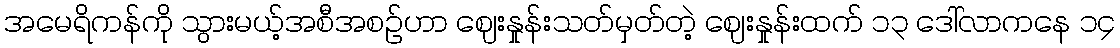
အမေရိကန်ကို သွားမယ့်အစီအစဉ်ဟာ ဈေးနှုန်းသတ်မှတ်တဲ့ ဈေးနှုန်းထက် ၁၃ ဒေါ်လာကနေ ၁၄